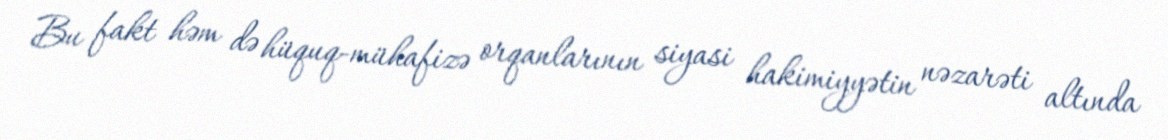
Bu fakt həm də hüquq-mühafizə orqanlarının siyasi hakimiyyətin nəzarəti altında